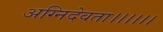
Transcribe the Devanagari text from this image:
अग्निदेवता।।।।।।